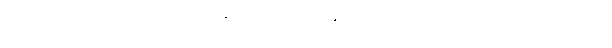
ခရီးသွားတွေက သူတို့ဟာ ကျွန်းမှာ ငွေလာသုံးနိုင်လို့ သူတို့ဘာလုပ်လုပ်၊ ဒေသခံတွေက